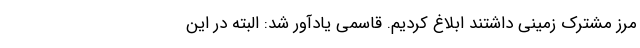
مرز مشترک زمینی داشتند ابلاغ کردیم. قاسمی یادآور شد: البته در این